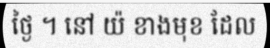
ថ្ងៃ ។ នៅ យ៉ ខាងមុខ ដែល